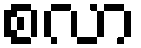
စလာ